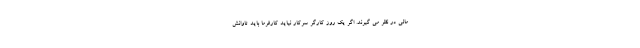
مالی در نظر می گیرند. اگر یک روز کارگر سرکار نیاید کارفرما باید تاوانش